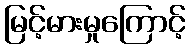
မြင့်မားမှုကြောင့်